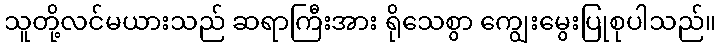
သူတို့လင်မယားသည် ဆရာကြီးအား ရိုသေစွာ ကျွေးမွေးပြုစုပါသည်။